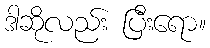
ဒါဆိုလည်း ပြီးရော။